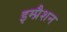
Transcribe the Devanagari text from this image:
इम्प्रैशन